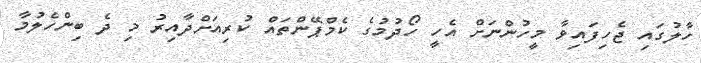
ހާލުގައި ޖެހިފައިވާ މީހުންނަށް އެހީ ހޯދުމުގެ ކެމްޕޭންތައް ކުރިއަށްދާއިރު މި ދެ ބިންހެލުމާ